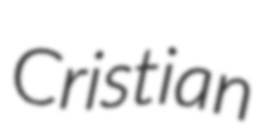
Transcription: Cristian